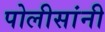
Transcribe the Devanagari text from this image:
पोलीसांनी